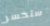
ستخسر